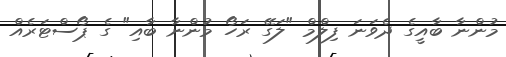
މުންނާ ބާއީގެ ދެވަނަ ފިލްމް "ލަގޭ ރަހޯ މުންނާ ބާއި" ގެ ޕޯސްޓަރެއް